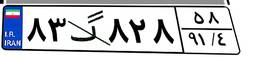
۸۳گ۸۲۸۵۸